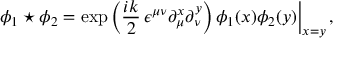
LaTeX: \phi _ { 1 } \star \phi _ { 2 } = \exp \, \Bigl ( \frac { i k } { 2 } \, \epsilon ^ { \mu \nu } \partial _ { \mu } ^ { x } \partial _ { \nu } ^ { y } \Bigr ) \, \phi _ { 1 } ( x ) \phi _ { 2 } ( y ) \Big \vert _ { x = y } \, ,